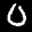
Label: 0